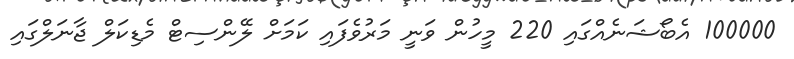
100000 އެބޯޝަނެއްގައި 220 މީހުން ވަނީ މަރުވެފައި ކަމަށް ލޭންސިޓް މެޑިކަލް ޖާނަލްގައި